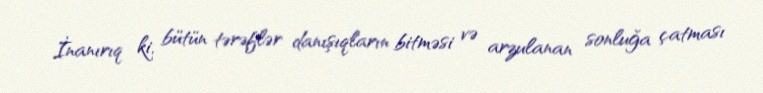
İnanırıq ki, bütün tərəflər danışıqların bitməsi və arzulanan sonluğa çatması